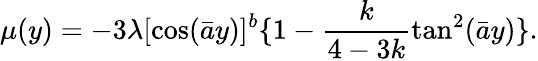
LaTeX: \mu(y)=-3\lambda[\cos(\bar{a}y)]^{b}\{ 1-\frac{k}{4-3k}\tan^{2}(\bar{a}y)\} .